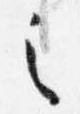
之